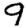
Digit: 9